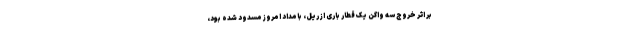
بر اثر خروج سه واگن یک قطار باری از ریل، بامداد امروز مسدود شده بود،